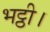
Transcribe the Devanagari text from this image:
भट्ठी।